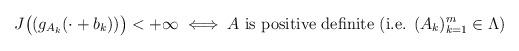
LaTeX: \begin{align*}J\big((g_{A_k}(\cdot+b_k))\big) < +\infty \iff A \textup{ is positive definite (i.e. $(A_k)_{k=1}^m\in \Lambda$)}\end{align*}